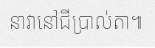
នាវានៅជីប្រាល់តា៕